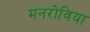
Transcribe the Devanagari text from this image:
मनरोविया